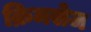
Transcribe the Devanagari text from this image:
क्रिमसेज